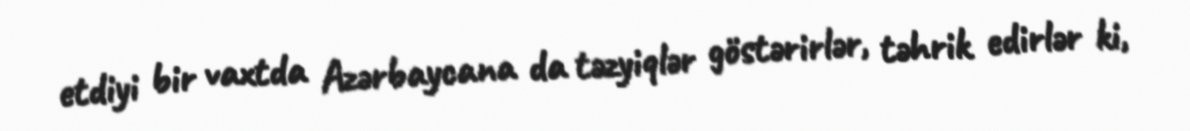
etdiyi bir vaxtda Azərbaycana da təzyiqlər göstərirlər, təhrik edirlər ki,